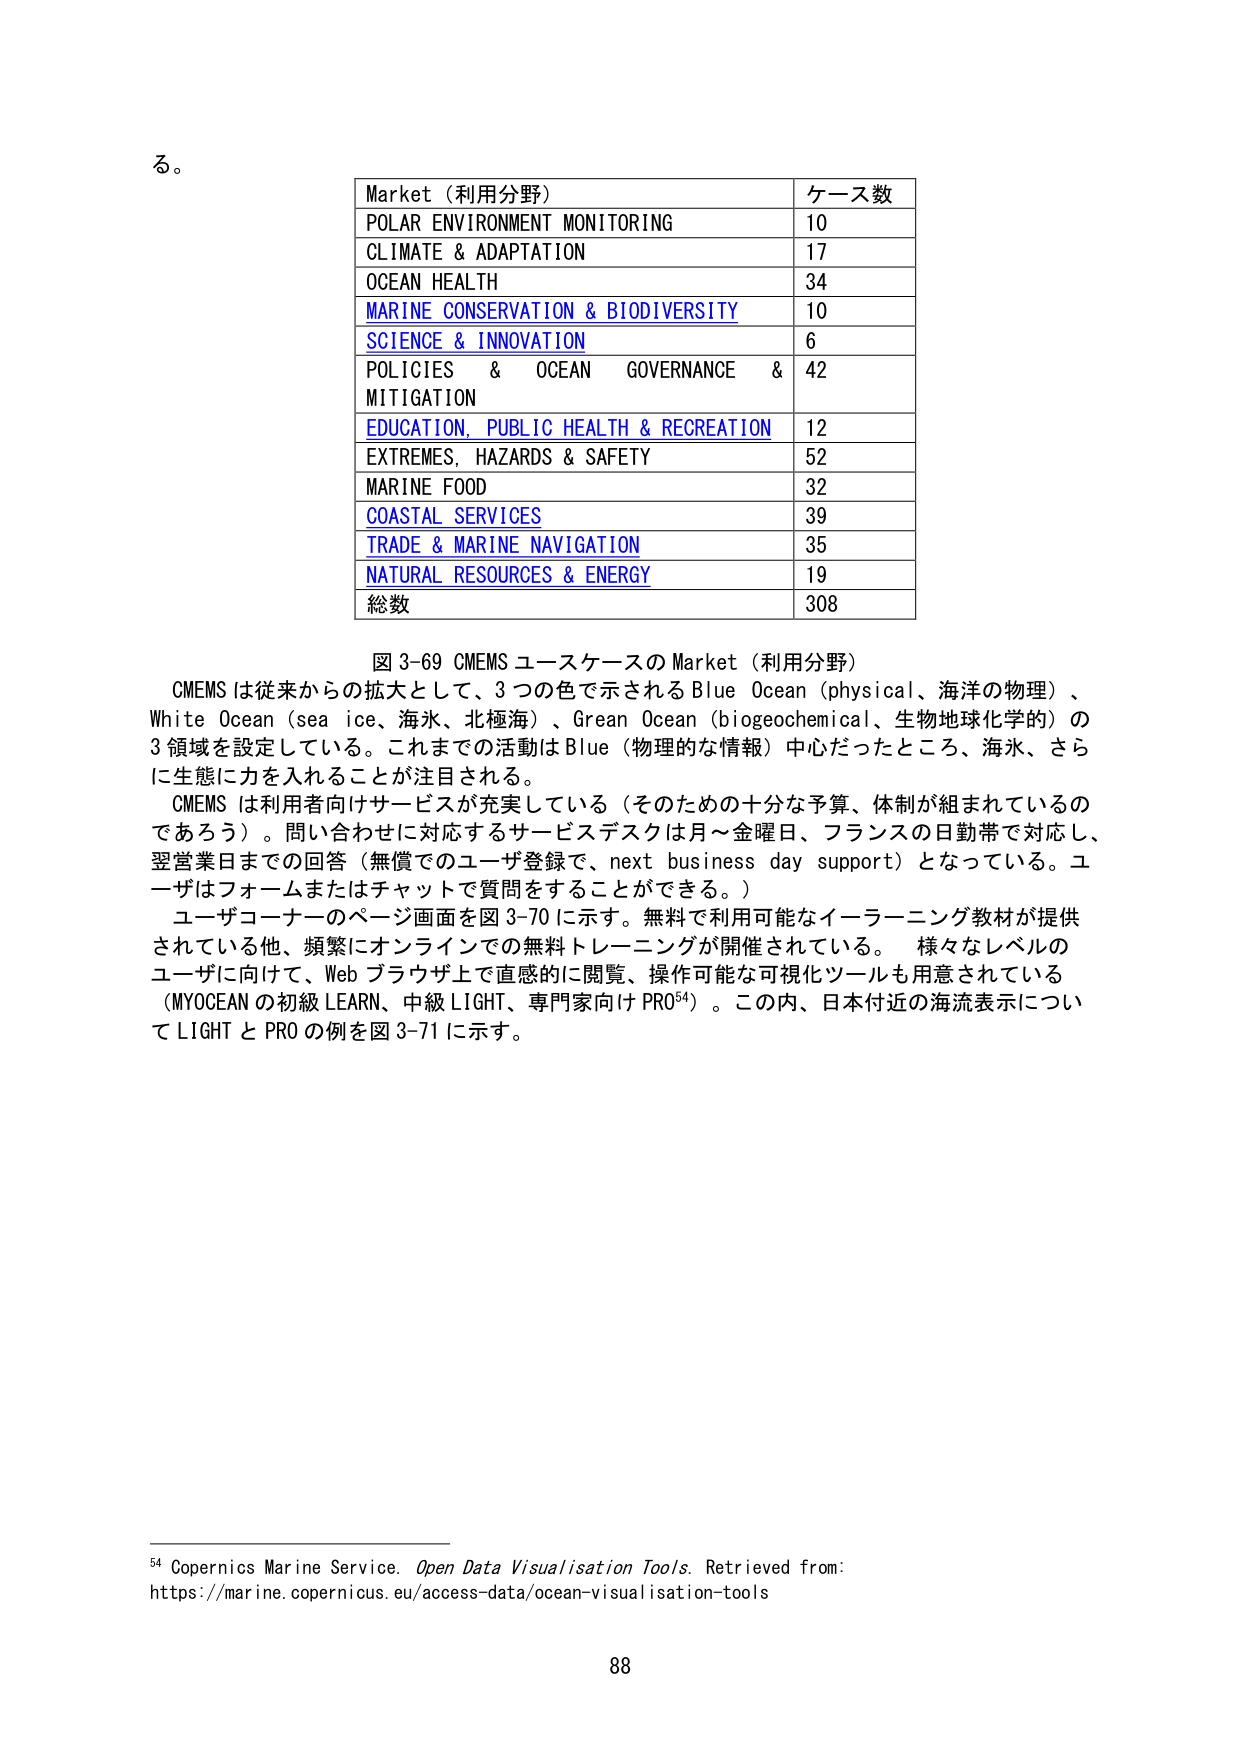
る。

Market（利用分野）	ケース数
POLAR ENVIRONMENT MONITORING	10
CLIMATE & ADAPTATION	17
OCEAN HEALTH	34
MARINE CONSERVATION & BIODIVERSITY	10
SCIENCE & INNOVATION	6
POLICIES & OCEAN GOVERNANCE & MITIGATION	42
EDUCATION, PUBLIC HEALTH & RECREATION	12
EXTREMES, HAZARDS & SAFETY	52
MARINE FOOD	32
COASTAL SERVICES	39
TRADE & MARINE NAVIGATION	35
NATURAL RESOURCES & ENERGY	19
総数	308

図 3-69 CMEMS ユースケースの Market（利用分野）
CMEMS は従来からの拡大として、3 つの色で示される Blue Ocean（physical、海洋の物理）、White Ocean（sea ice、海氷、北極海）、Green Ocean（biogeochemical、生物地球化学的）の 3 領域を設定している。これまでの活動は Blue（物理的な情報）中心だったところ、海氷、さらに生態に力を入れることが注目される。
CMEMS は利用者向けサービスが充実している（そのための十分な予算、体制が組まれているのであろう）。問い合わせに対応するサービスデスクは月～金曜日、フランスの日勤帯で対応し、翌営業日までの回答（無償でのユーザ登録で、next business day support）となっている。ユーザはフォームまたはチャットで質問をすることができる。）
ユーザコーナーのページ画面を図 3-70 に示す。無料で利用可能なイーラーニング教材が提供されている他、頻繁にオンラインでの無料トレーニングが開催されている。 様々なレベルのユーザに向けて、Web ブラウザ上で直感的に閲覧、操作可能な可視化ツールも用意されている（MYOCEAN の初級 LEARN、中級 LIGHT、専門家向け PRO⁵⁴）。この内、日本付近の海流表示について LIGHT と PRO の例を図 3-71 に示す。

⁵⁴ Copernics Marine Service. Open Data Visualisation Tools. Retrieved from: https://marine.copernicus.eu/access-data/ocean-visualisation-tools

88